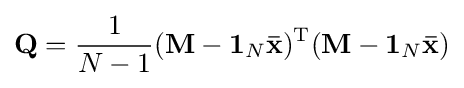
\mathbf {Q} ={\frac {1}{N-1}}(\mathbf {M} -\mathbf {1} _{N}\mathbf {\bar {x}} )^{\mathrm {T} }(\mathbf {M} -\mathbf {1} _{N}\mathbf {\bar {x}} )